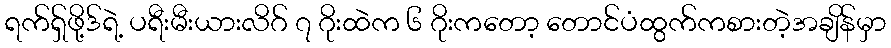
ရက်ရှ်ဖို့ဒ်ရဲ့ ပရီးမီးယားလိဂ် ၇ ဂိုးထဲက ၆ ဂိုးကတော့ တောင်ပံထွက်ကစားတဲ့အချိန်မှာ